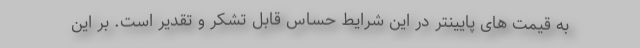
به قیمت های پایینتر در این شرایط حساس قابل تشکر و تقدیر است. بر این